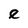
Character: e